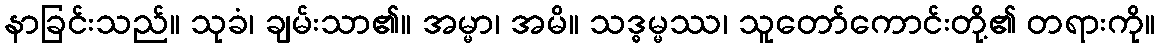
နာခြင်းသည်။ သုခံ၊ ချမ်းသာ၏။ အမ္မာ၊ အမိ။ သဒ္ဓမ္မဿ၊ သူတော်ကောင်းတို့၏ တရားကို။